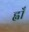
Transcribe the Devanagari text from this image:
ह्वाँ